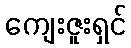
ကျေးဇူးရှင်